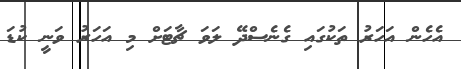
އެހެން އަހަރު ތަކުގައި ގެނެސްދޭ ލަވަ ޗާޓަށް މި އަހަރު ވަނީ ކުޑަ